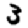
Digit: 3